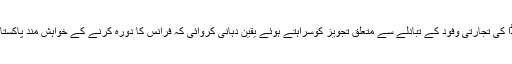
انہوں نے پی سی ڈی ایم اے کے چیئرمین ناصر فتح ککڈا کی تجارتی وفود کے تبادلے سے متعلق تجویز کوسراہتے ہوئے یقین دہانی کروائی کہ فرانس کا دورہ کرنے کے خواہش مند پاکستانی تجارتی وفودکو ہرممکن سہولیات فراہم کی جائیں گی۔